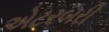
એટરબરી